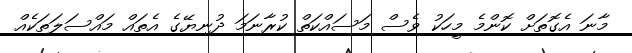
މާނަ އެގޮތަށް ކޮންމެ މީހަކު ވެސް މަސައްކަތް ކުރާނަމަ ދުނިޔޭގެ އެތައް މައްސަލަތަކެއް